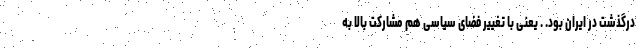
درگذشت در ایران بود. . یعنی با تغییر فضای سیاسی هم مشارکت بالا به